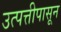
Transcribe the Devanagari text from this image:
उत्पत्तीपासून